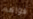
قواهم